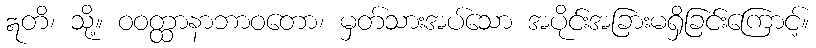
ဣတိ၊ သို့။ ဝဝတ္ထာနာဘာဝတော၊ မှတ်သားအပ်သော အပိုင်းအခြားမရှိခြင်းကြောင့်။